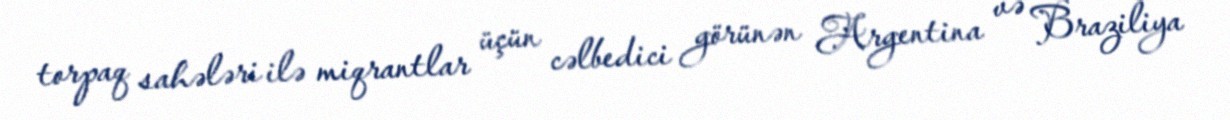
torpaq sahələri ilə miqrantlar üçün cəlbedici görünən Argentina və Braziliya